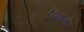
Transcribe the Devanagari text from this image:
सिगनोर